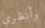
وأنظري